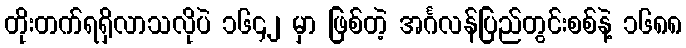
တိုးတက်ရရှိလာသလိုပဲ ၁၆၄၂ မှာ ဖြစ်တဲ့ အင်္ဂလန်ပြည်တွင်းစစ်နဲ့ ၁၆၈၈